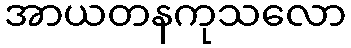
အာယတနကုသလော